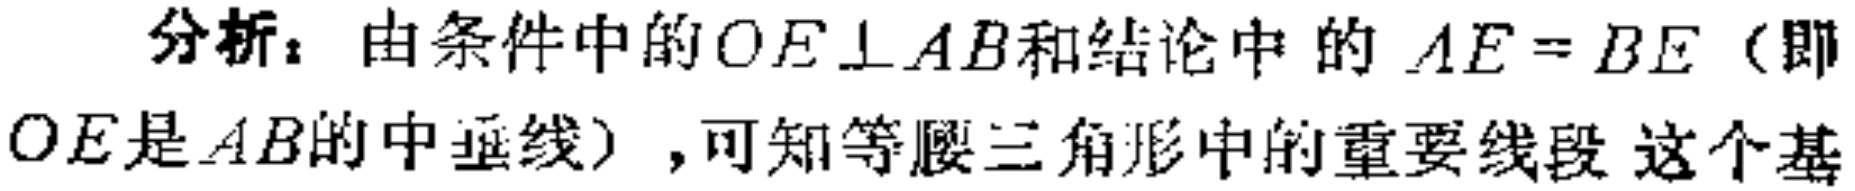
分析：由条件中的\(OE\perp AB\)和结论中的 \(AE = BE\)（即\(OE\)是\(AB\)的中垂线），可知等腰三角形中的重要线段 这个基